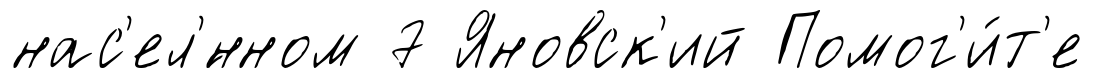
нас'ел'́нном 7 Яновск'ий Помог'и́т'е